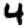
Digit: 4